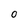
Character: O